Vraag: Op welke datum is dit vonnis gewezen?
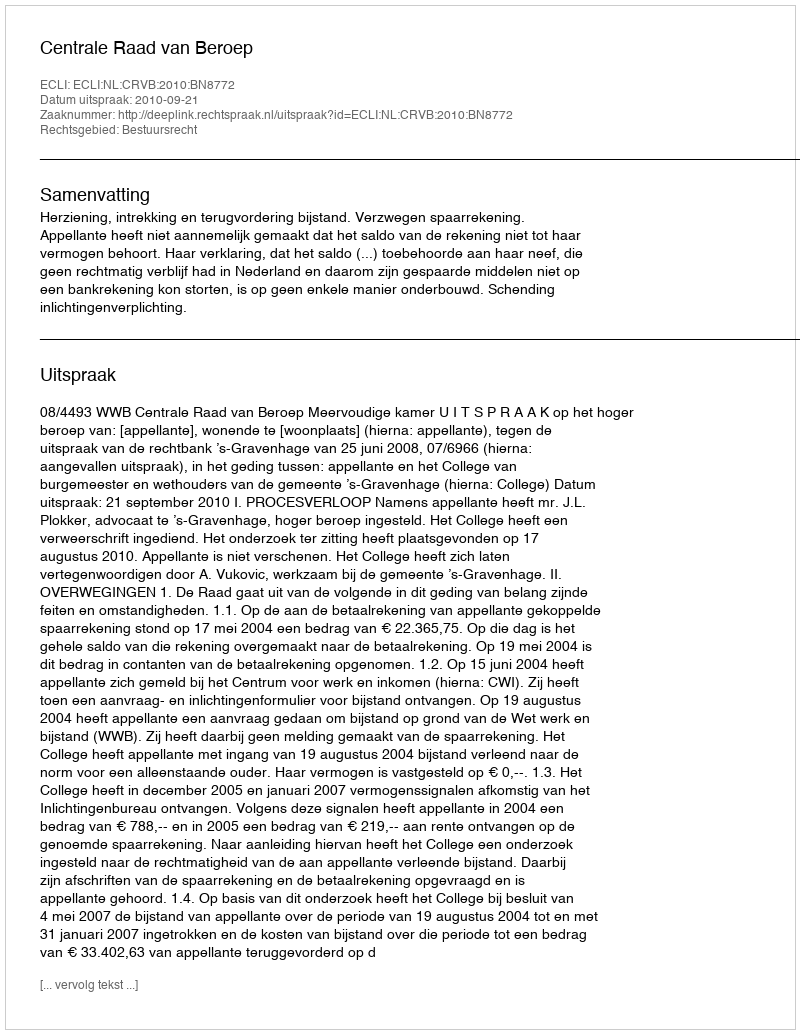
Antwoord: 2010-09-21